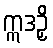
ဣဒဉှိ